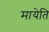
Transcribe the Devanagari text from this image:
मायेति